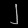
Digit: ၂